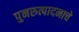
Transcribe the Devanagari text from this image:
पुनरुत्पादनाचे